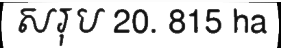
សរុប 20. 815 ha